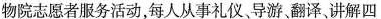
物院志愿者服务活动，每人从事礼仪、导游、翻译、讲解四